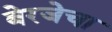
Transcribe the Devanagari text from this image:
बेरजेचा